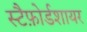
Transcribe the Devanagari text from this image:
स्टैफ़ोर्डशायर